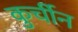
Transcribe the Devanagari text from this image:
कुर्चीन